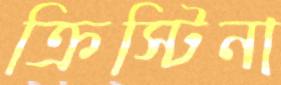
ক্রিস্টিনা